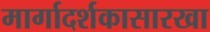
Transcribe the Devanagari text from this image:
मार्गादर्शकासारखा